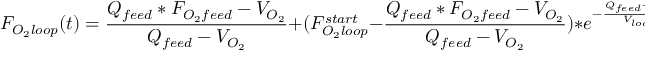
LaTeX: F _ { O _ { 2 } l o o p } ( t ) = { \frac { Q _ { f e e d } * F _ { O _ { 2 } f e e d } - V _ { O _ { 2 } } } { Q _ { f e e d } - V _ { O _ { 2 } } } } + ( F _ { O _ { 2 } l o o p } ^ { s t a r t } - { \frac { Q _ { f e e d } * F _ { O _ { 2 } f e e d } - V _ { O _ { 2 } } } { Q _ { f e e d } - V _ { O _ { 2 } } } } ) * e ^ { - { \frac { Q _ { f e e d } - V _ { O _ { 2 } } } { V _ { l o o p } } } t }